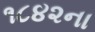
૧૮૪૨ના